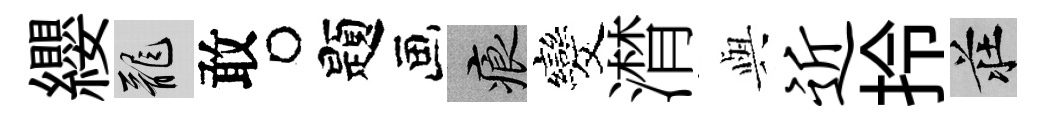
纓龍敢题痕发潸𫤰近拎莊